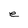
Character: e